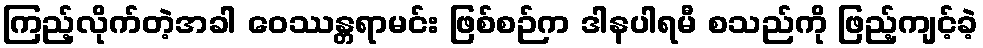
ကြည့်လိုက်တဲ့အခါ ဝေဿန္တရာမင်း ဖြစ်စဉ်က ဒါနပါရမီ စသည်ကို ဖြည့်ကျင့်ခဲ့